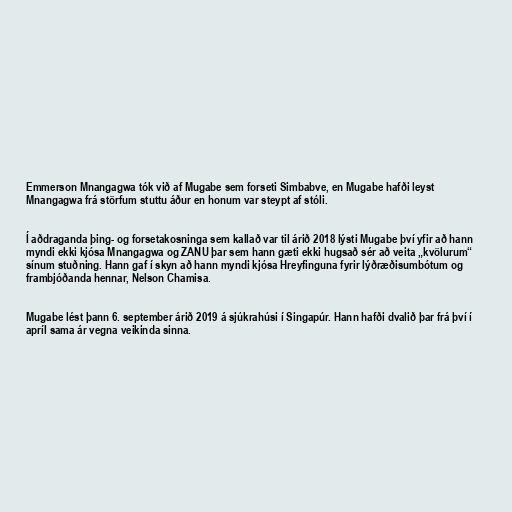
Emmerson Mnangagwa tók við af Mugabe sem forseti Simbabve, en Mugabe hafði leyst
Mnangagwa frá störfum stuttu áður en honum var steypt af stóli.

Í aðdraganda þing- og forsetakosninga sem kallað var til árið 2018 lýsti Mugabe því yfir að hann
myndi ekki kjósa Mnangagwa og ZANU þar sem hann gæti ekki hugsað sér að veita „kvölurum“
sínum stuðning. Hann gaf í skyn að hann myndi kjósa Hreyfinguna fyrir lýðræðisumbótum og
frambjóðanda hennar, Nelson Chamisa.

Mugabe lést þann 6. september árið 2019 á sjúkrahúsi í Singapúr. Hann hafði dvalið þar frá því í
apríl sama ár vegna veikinda sinna.